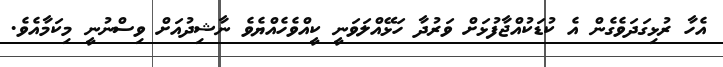
އެހާ ރުޅިގަދަވެގެން އެ ކުޑަކުއްޖާފުޅަށް ވަރުދާ ހަޅޭއްލަވަނީ ކީއްވެހެއްޔެވެ ނާޝިދުއަށް ވިސްނުނީ މިކަމާއެވެ.